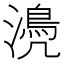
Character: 𣿆